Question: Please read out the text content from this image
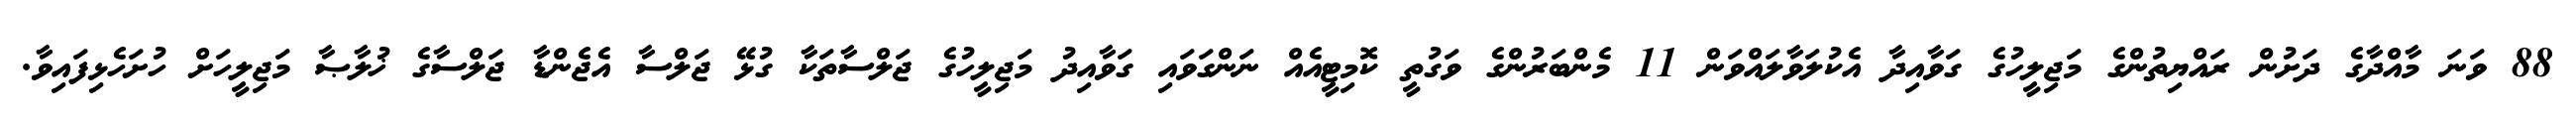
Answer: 88 ވަނަ މާއްދާގެ ދަށުން ރައްޔިތުންގެ މަޖިލީހުގެ ގަވާއިދާ އެކުލަވާލައްވަން 11 މެންބަރުންގެ ވަގުތީ ކޮމިޓީއެއް ނަންގަވައި ގަވާއިދު މަޖިލީހުގެ ޖަލްސާތަކާ ގުޅޭ ޖަލްސާ އެޖެންޑާ ޖަލްސާގެ ޚުލާޞާ މަޖިލީހަށް ހުށަހެޅިފައިވާ.